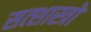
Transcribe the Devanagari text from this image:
सत्शास्त्रो